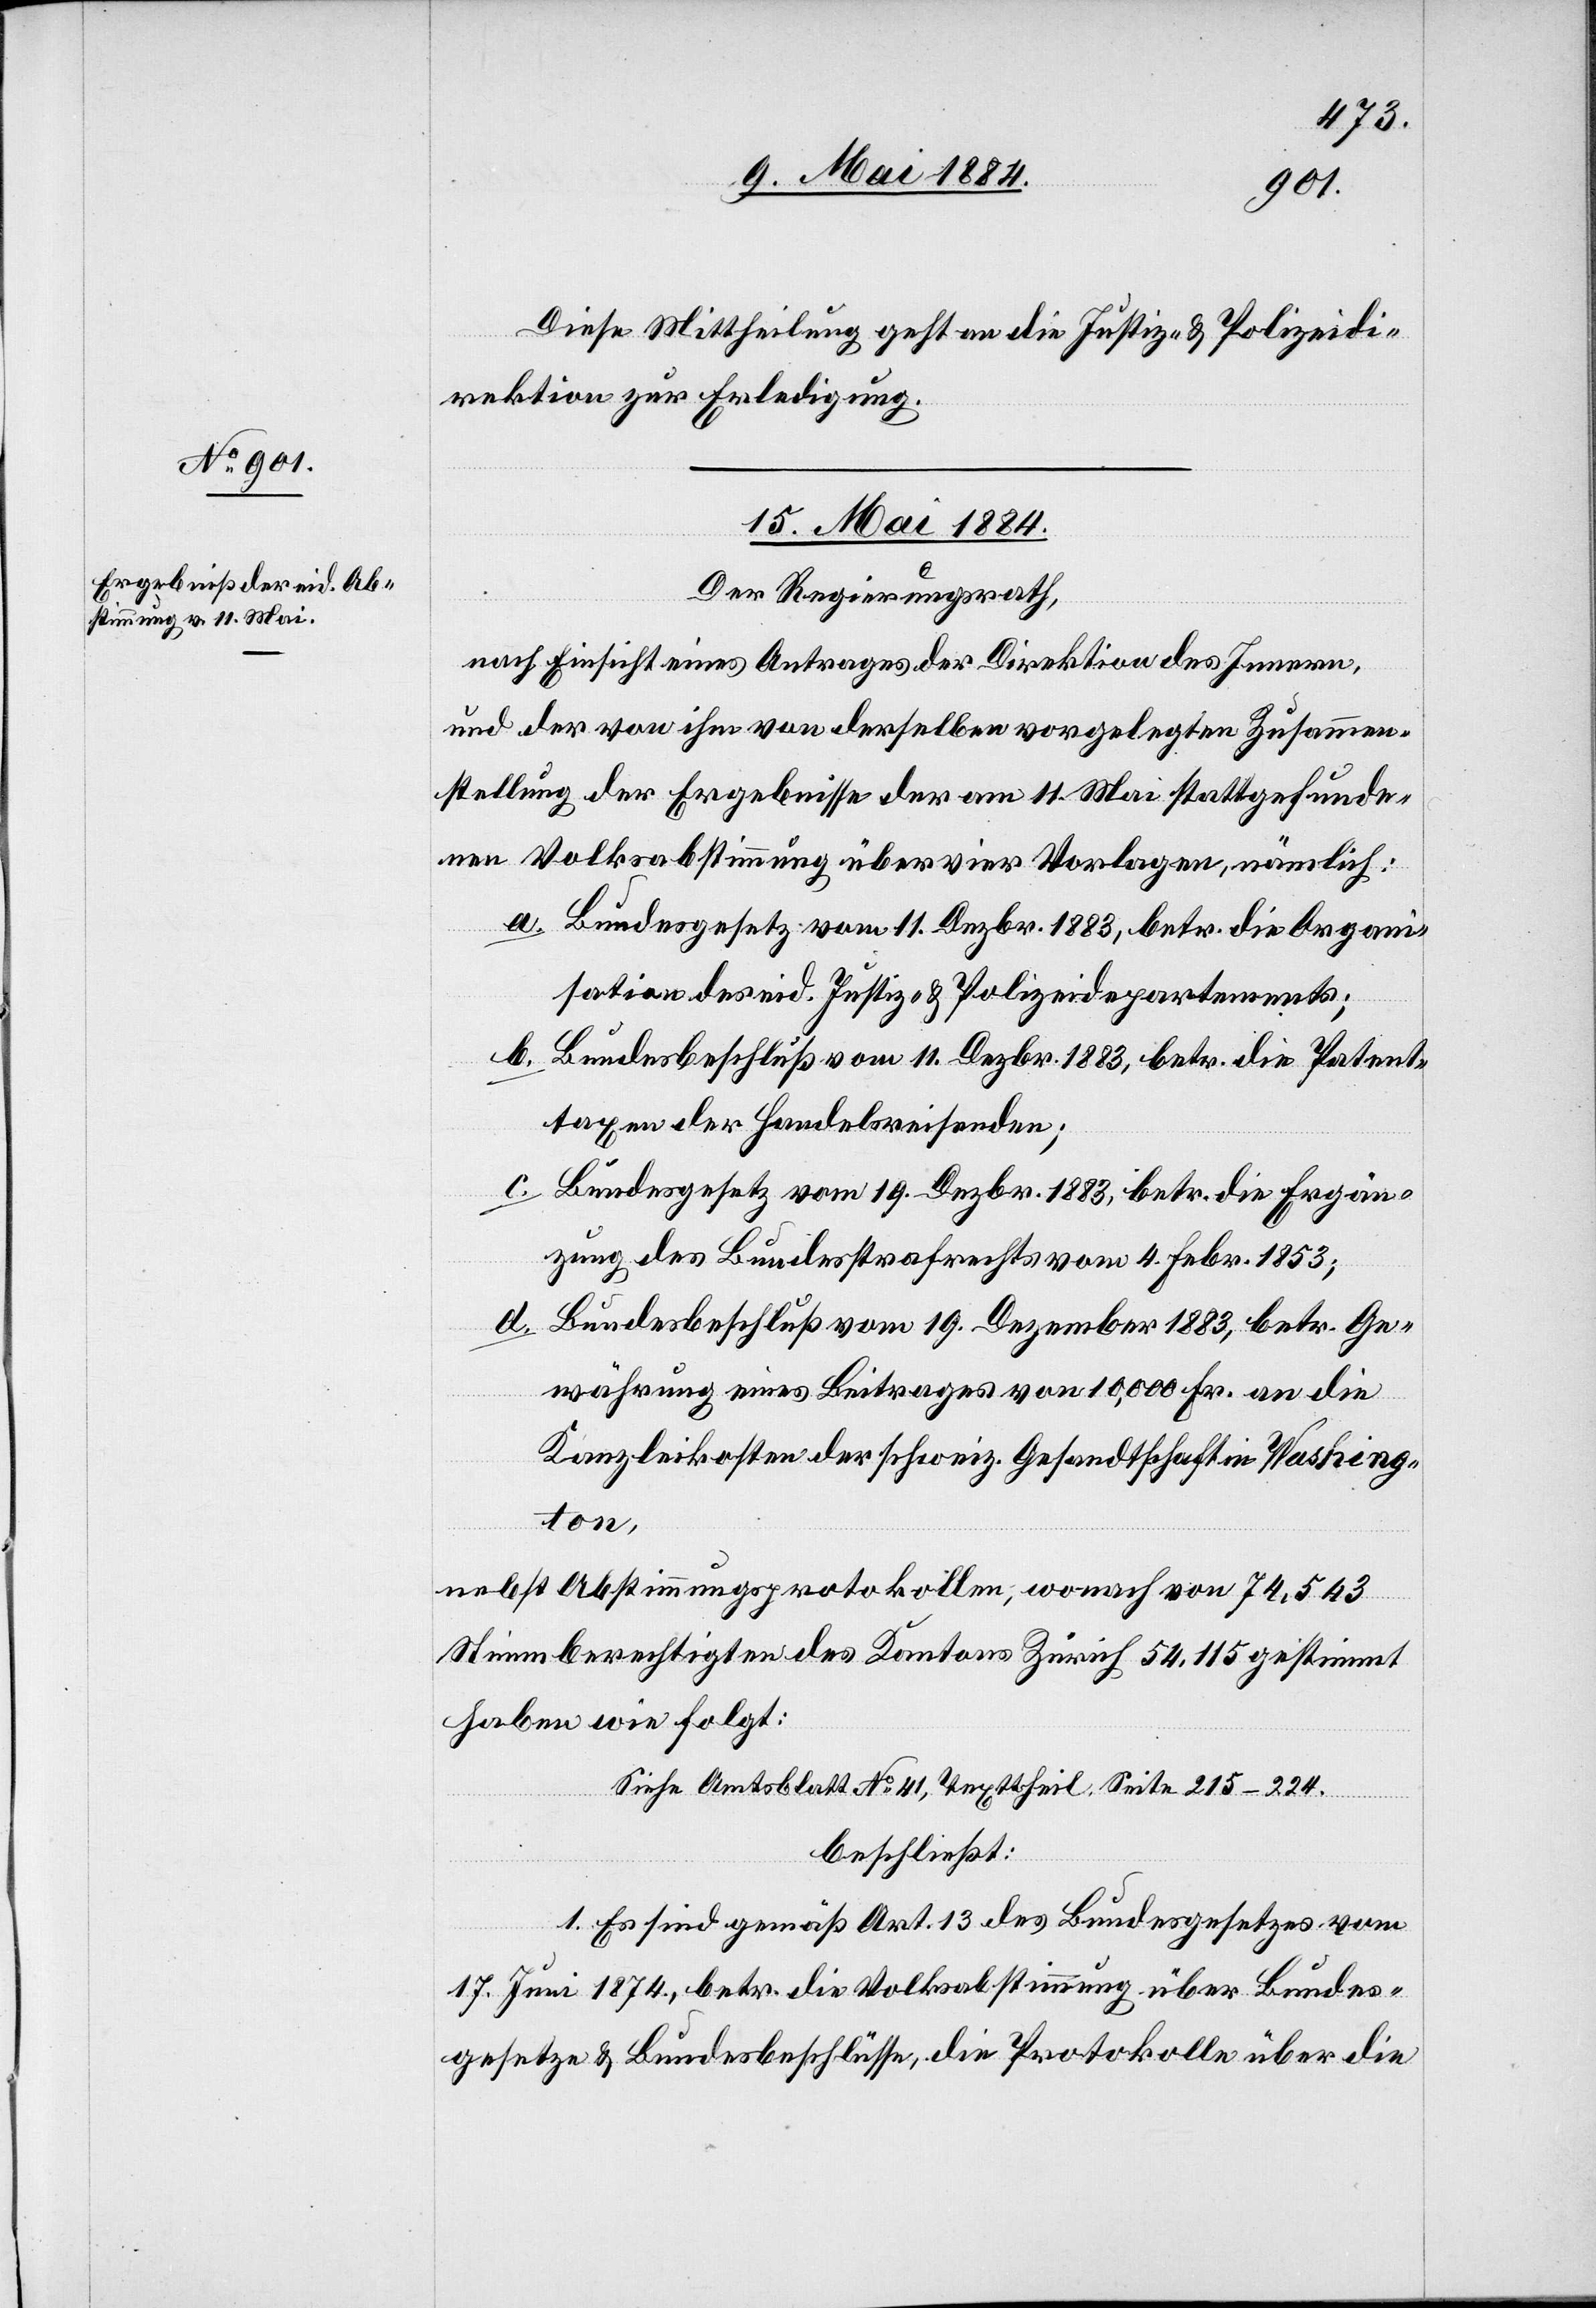
Diese Mittheilung geht an die Justiz- & Polizeidi¬
rektion zur Erledigung.
15. Mai 1884.
Der Regierungsrath,
nach Einsicht eines Antrages der Direktion des Innern,
und der von ihm von derselben vorgelegten Zusammen¬
stellung der Ergebnisse der am 11. Mai stattgefunde¬
nen Volksabstimmung über vier Vorlagen, nämlich:
a. Bundesgesetz vom 11. Dezbr. 1883, betr. die Organi¬
sation des eid. Justiz- & Polizeidepartements;
b. Bundesbeschluß vom 11. Dezbr. 1883, betr. die Patent¬
taxen der Handelsreisenden;
c. Bundesgesetz vom 19. Dezbr. 1883, betr. die Ergän¬
zung des Bundesstrafrechts vom 4. Febr. 1853;
d.
Bundesbeschluß vom 19. Dezember 1883, betr. Ge¬
währung eines Beitrages von 10,000 Fr. an die
Kanzleikosten der schweiz. Gesandtschaft in Washing¬
ton,
nebst Abstimmungsprotokollen, wonach von 74,543
Stimmberechtigten des Kantons Zürich 54,115 gestimmt
haben wie folgt:
Siehe Amtsblatt No 41, Texttheil Seite 215–224.
beschließt:
1. Es sind gemäß Art. 13 des Bundesgesetzes vom
17. Juni 1874, betr. die Volksabstimmung über Bundes¬
gesetze & Bundesbeschlüsse, die Protokolle über die